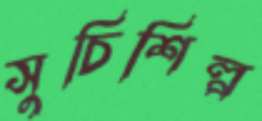
সুচিশিল্প